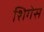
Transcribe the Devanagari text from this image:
शिगेस